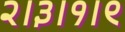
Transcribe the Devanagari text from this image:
२।३।१।९